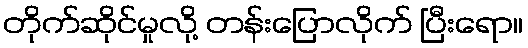
တိုက်ဆိုင်မှုလို့ တန်းပြောလိုက် ပြီးရော။